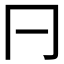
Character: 𠔼